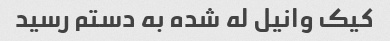
کیک وانیل له شده به دستم رسید